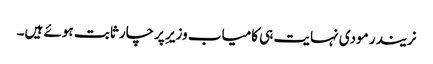
نریندر مودی نہایت ہی کامیاب وزیرِ پرچار ثابت ہوئے ہیں۔